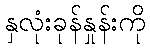
နှလုံးခုန်နှုန်းကို